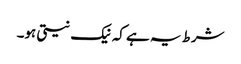
شرط یہ ہے کہ نیک نیتی ہو۔